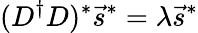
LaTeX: (D^{\dagger}D)^{*}\vec{s}^{*}=\lambda\vec{s}^{*}